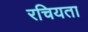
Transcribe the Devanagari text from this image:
रचियता